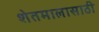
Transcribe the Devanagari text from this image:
शेतमालासाठी